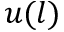
u ( l )